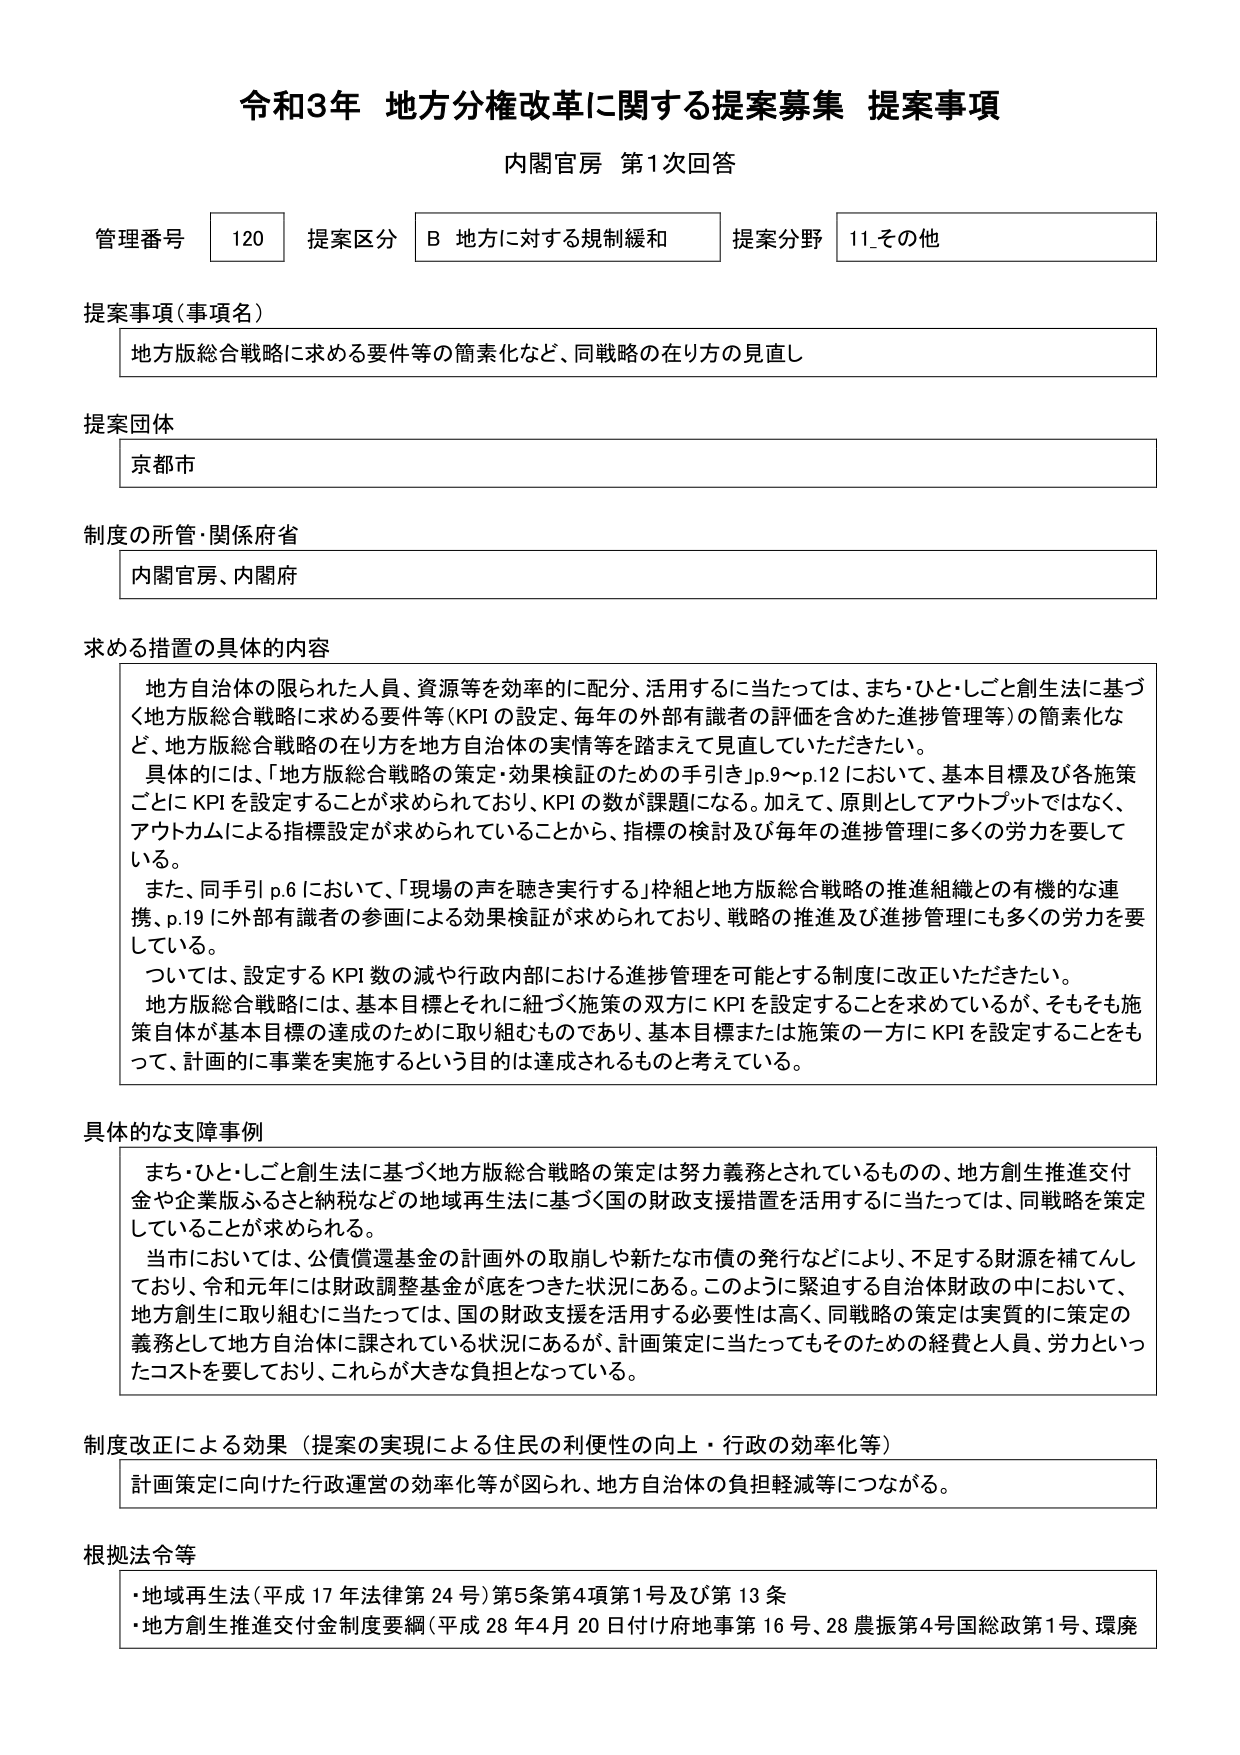
令和3年 地方分権改革に関する提案募集 提案事項
内閣官房 第1次回答

管理番号 120 提案区分 B 地方に対する規制緩和 提案分野 11_その他

提案事項（事項名）
地方版総合戦略に求める要件等の簡素化など、同戦略の在り方の見直し

提案団体
京都市

制度の所管・関係府省
内閣官房、内閣府

求める措置の具体的内容
地方自治体の限られた人員、資源等を効率的に配分、活用するに当たっては、まち・ひと・しごと創生法に基づく地方版総合戦略に求める要件等（KPIの設定、毎年の外部有識者の評価を含めた進捗管理等）の簡素化など、地方版総合戦略の在り方を地方自治体の実情等を踏まえて見直していただきたい。
具体的には、「地方版総合戦略の策定・効果検証のための手引き」p.9～p.12において、基本目標及び各施策ごとにKPIを設定することが求められており、KPIの数が課題になる。加えて、原則としてアウトプットではなく、アウトカムによる指標設定が求められていることから、指標の検討及び毎年の進捗管理に多くの労力を要している。
また、同手引p.6において、「現場の声を聴き実行する」枠組と地方版総合戦略の推進組織との有機的な連携、p.19に外部有識者の参画による効果検証が求められており、戦略の推進及び進捗管理にも多くの労力を要している。
ついては、設定するKPI数の減や行政内部における進捗管理を可能とする制度に改正いただきたい。
地方版総合戦略には、基本目標とそれに紐づく施策の双方にKPIを設定することを求めているが、そもそも施策自体が基本目標の達成のために取り組むものであり、基本目標または施策の一方にKPIを設定することをもって、計画的に事業を実施するという目的は達成されるものと考えている。

具体的な支障事例
まち・ひと・しごと創生法に基づく地方版総合戦略の策定は努力義務とされているものの、地方創生推進交付金や企業版ふるさと納税などの地域再生法に基づく国の財政支援措置を活用するに当たっては、同戦略を策定していることが求められる。
当市においては、公債償還基金の計画外の取崩しや新たな市債の発行などにより、不足する財源を補てんしており、令和元年には財政調整基金が底をつきた状況にある。このように緊迫する自治体財政の中において、地方創生に取り組むに当たっては、国の財政支援を活用する必要性は高く、同戦略の策定は実質的に策定の義務として地方自治体に課されている状況にあるが、計画策定に当たってもそのための経費と人員、労力といったコストを要しており、これらが大きな負担となっている。

制度改正による効果（提案の実現による住民の利便性の向上・行政の効率化等）
計画策定に向けた行政運営の効率化等が図られ、地方自治体の負担軽減等につながる。

根拠法令等
・地域再生法（平成17年法律第24号）第5条第4項第1号及び第13条
・地方創生推進交付金制度要綱（平成28年4月20日付け府地事第16号、28農振第4号国総政第1号、環廃